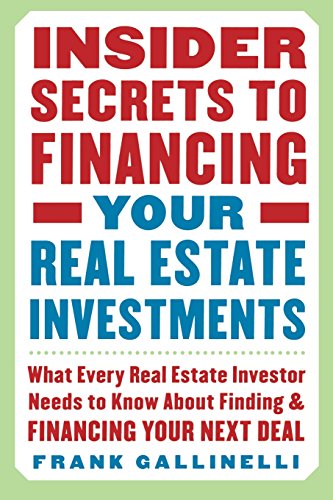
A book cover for Insider Secrets to Financing Your Real Estate Investments: What Every Real Estate Investor Needs to Know About Finding and Financing Your Next Deal; Frank Gallinelli; Business & Money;